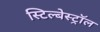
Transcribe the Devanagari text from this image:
स्टिल्बेस्ट्रॉल